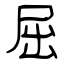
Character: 屈